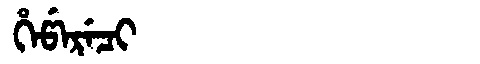
Manchu: ᡥᡝᡦᡝᡵᡝᠴᡳ
Romanization: HEPERECI